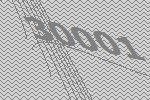
30001